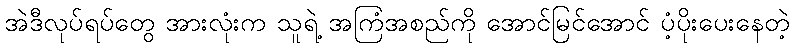
အဲဒီလုပ်ရပ်တွေ အားလုံးက သူရဲ့ အကြံအစည်ကို အောင်မြင်အောင် ပံ့ပိုးပေးနေတဲ့